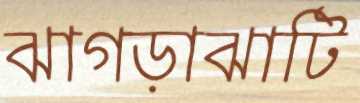
ঝাগড়াঝাটি